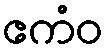
ဧကံဝ